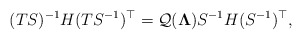
\begin{align*}(TS)^{-1}H(TS^{-1})^\top =\mathcal Q(\boldsymbol \Lambda) S^{-1} H (S^{-1})^\top,\end{align*}